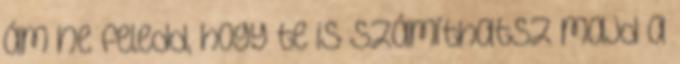
ám ne feledd, hogy te is számíthatsz majd a